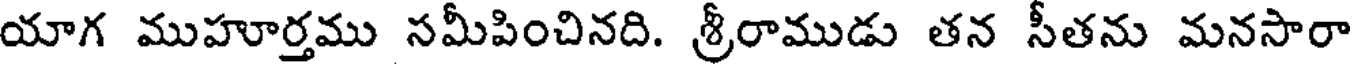
యాగ ముహూర్తము సమీపించినది. శ్రీరాముడు తన సీతను మనసారా